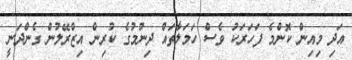
އަދި މިއިން ކޮންމެ ފަހަރަކު ވެސް ހަމަލާތައް ދިނުމުގެ ކުރިން އިޒްރޭލުން ގެންދަނީ